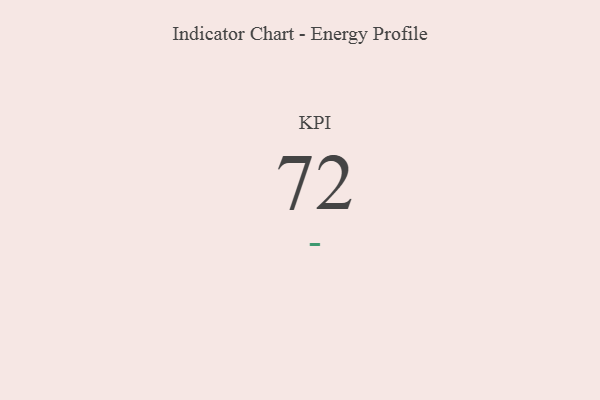
{"axis": {"x": "KPI", "y": "Value"}, "legend": [""], "data": [{"x": "KPI", "y": 72, "type": ""}]}